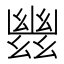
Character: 𢇑